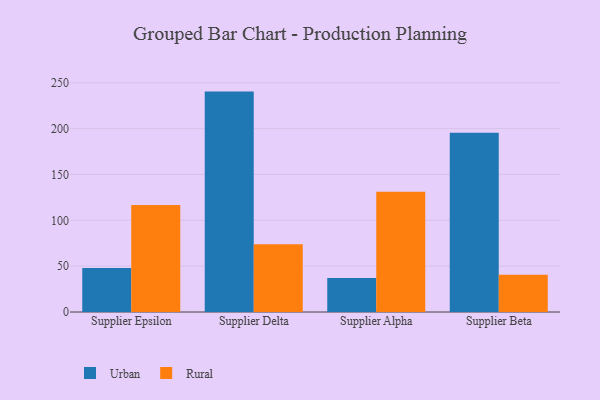
{"axis": {"x": "Supplier", "y": "Customer Acquisition Cost (USD)"}, "legend": ["Rural", "Urban"], "data": [{"x": "Supplier Epsilon", "y": 47.9, "type": "Urban"}, {"x": "Supplier Epsilon", "y": 116.7, "type": "Rural"}, {"x": "Supplier Delta", "y": 240.4, "type": "Urban"}, {"x": "Supplier Delta", "y": 74.0, "type": "Rural"}, {"x": "Supplier Alpha", "y": 37.0, "type": "Urban"}, {"x": "Supplier Alpha", "y": 131.2, "type": "Rural"}, {"x": "Supplier Beta", "y": 195.6, "type": "Urban"}, {"x": "Supplier Beta", "y": 40.7, "type": "Rural"}]}